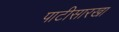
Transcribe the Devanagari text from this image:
पाटीसारखा